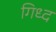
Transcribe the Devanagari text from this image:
गिध्द